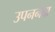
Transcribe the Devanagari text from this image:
उपननंदा